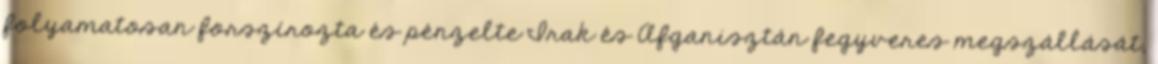
folyamatosan forszírozta és pénzelte Irak és Afganisztán fegyveres megszállását,